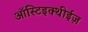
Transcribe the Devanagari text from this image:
ऑस्टिइक्थीईज़